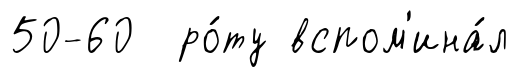
50-60 ро́ту вспом'ина́л